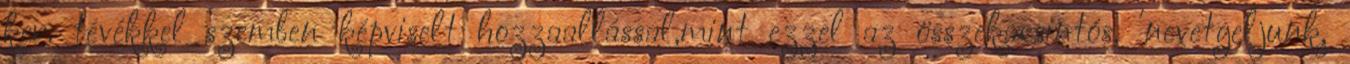
ker. tévékkel szemben képviselt hozzaallással,mint ezzel az összekacsintós, 'nevetgeljunk,